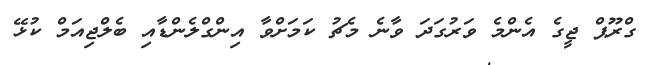
ގްރޫޕް ޖީގެ އެންމެ ވަރުގަދަ ވާނެ މެޗު ކަމަށްވާ އިންގްލެންޑާއި ބެލްޖިއަމް ކުޅޭ